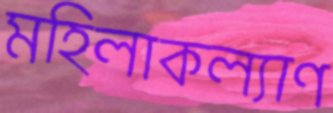
মহিলাকল্যাণ